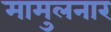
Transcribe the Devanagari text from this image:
मामुलनार